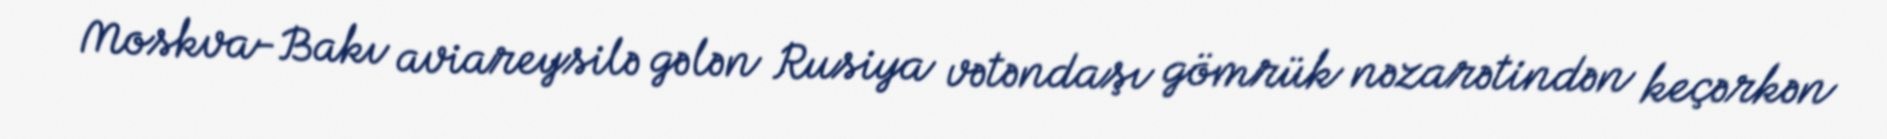
Moskva-Bakı aviareysilə gələn Rusiya vətəndaşı gömrük nəzarətindən keçərkən